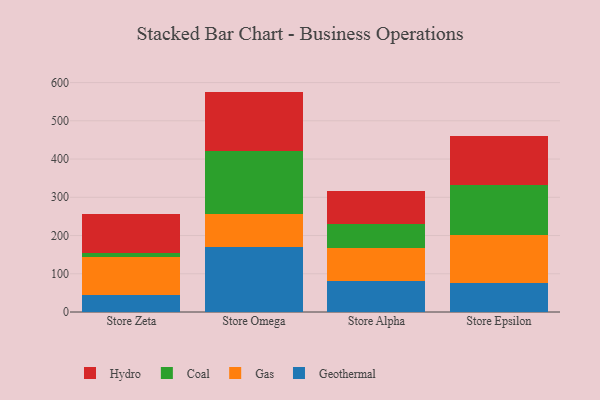
{"axis": {"x": "Store", "y": "Production Output"}, "legend": ["Coal", "Gas", "Geothermal", "Hydro"], "data": [{"x": "Store Zeta", "y": 45.3, "type": "Geothermal"}, {"x": "Store Zeta", "y": 97.4, "type": "Gas"}, {"x": "Store Zeta", "y": 11.7, "type": "Coal"}, {"x": "Store Zeta", "y": 103.1, "type": "Hydro"}, {"x": "Store Omega", "y": 170.7, "type": "Geothermal"}, {"x": "Store Omega", "y": 85.8, "type": "Gas"}, {"x": "Store Omega", "y": 163.5, "type": "Coal"}, {"x": "Store Omega", "y": 156.4, "type": "Hydro"}, {"x": "Store Alpha", "y": 81.6, "type": "Geothermal"}, {"x": "Store Alpha", "y": 86.6, "type": "Gas"}, {"x": "Store Alpha", "y": 61.6, "type": "Coal"}, {"x": "Store Alpha", "y": 86.2, "type": "Hydro"}, {"x": "Store Epsilon", "y": 74.6, "type": "Geothermal"}, {"x": "Store Epsilon", "y": 127.4, "type": "Gas"}, {"x": "Store Epsilon", "y": 129.5, "type": "Coal"}, {"x": "Store Epsilon", "y": 129.4, "type": "Hydro"}]}